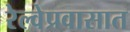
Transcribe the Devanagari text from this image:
रेल्वेप्रवासात